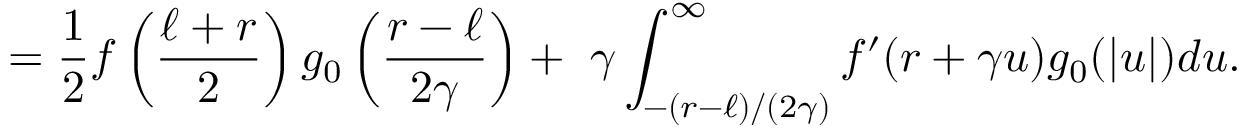
= \frac { 1 } { 2 } f \left( \frac { \ell + r } { 2 } \right) g _ { 0 } \left( \frac { r - \ell } { 2 \gamma } \right) + ~ \gamma \int _ { - ( r - \ell ) / ( 2 \gamma ) } ^ { \infty } f ^ { \prime } ( r + \gamma u ) g _ { 0 } ( | u | ) d u .